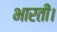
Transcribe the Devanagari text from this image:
भारती।